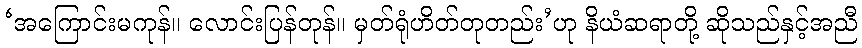
‘အကြောင်းမကုန်။ လောင်းပြန်တုန်။ မှတ်ရုံဟိတ်တုတည်း’ဟု နိယံဆရာတို့ ဆိုသည်နှင့်အညီ